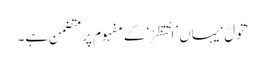
’تَوَلَّ‘ یہاں ’اِنْتَظِرْ‘ کے مفہوم پر متضمن ہے۔